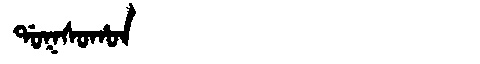
Manchu: ᡩᠣᡴᠰᠣᡥᠣᠨ
Romanization: DOKSOHON